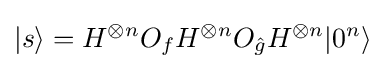
|s\rangle =H^{\otimes n}O_{f}H^{\otimes n}O_{\hat {g}}H^{\otimes n}|0^{n}\rangle